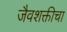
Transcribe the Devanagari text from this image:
जैवशक्तीचा